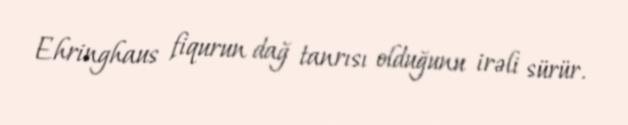
Ehringhaus fiqurun dağ tanrısı olduğunu irəli sürür.